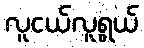
လူငယ်လူရွယ်